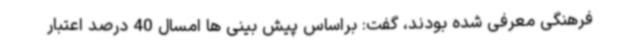
فرهنگی معرفی شده بودند، گفت: براساس پیش بینی ها امسال 40 درصد اعتبار